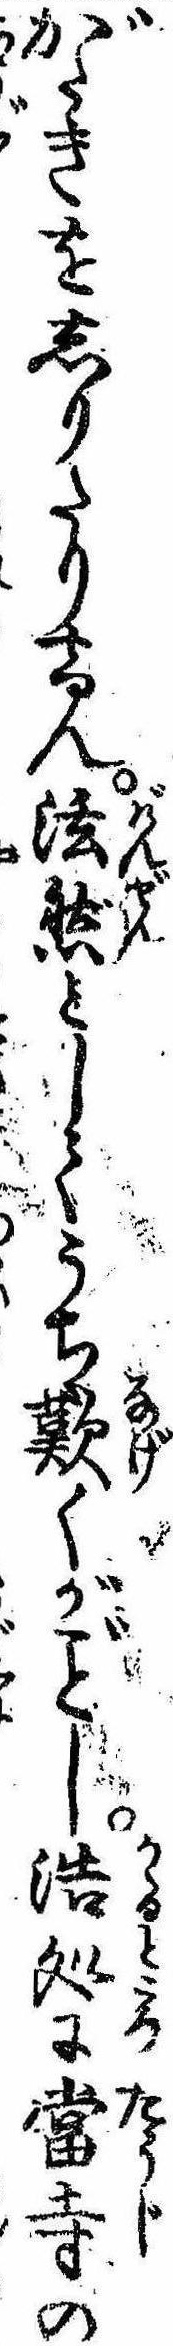
がたきをしりたりけん法然としてうち歎くがし浩処に当寺の